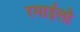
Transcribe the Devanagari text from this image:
रमाईलो